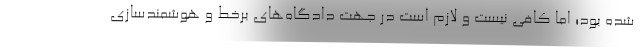
شده بود؛ اما کافی نیست و لازم است در جهت دادگاه‌های برخط و هوشمندسازی